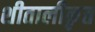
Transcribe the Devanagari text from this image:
शीतालीकृत